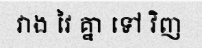
វាង វៃ គ្នា ទៅ វិញ